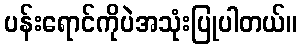
ပန်းရောင်ကိုပဲအသုံးပြုပါတယ်။